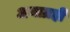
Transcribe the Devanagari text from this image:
अनाग्रही